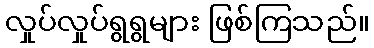
လှုပ်လှုပ်ရွရွများ ဖြစ်ကြသည်။